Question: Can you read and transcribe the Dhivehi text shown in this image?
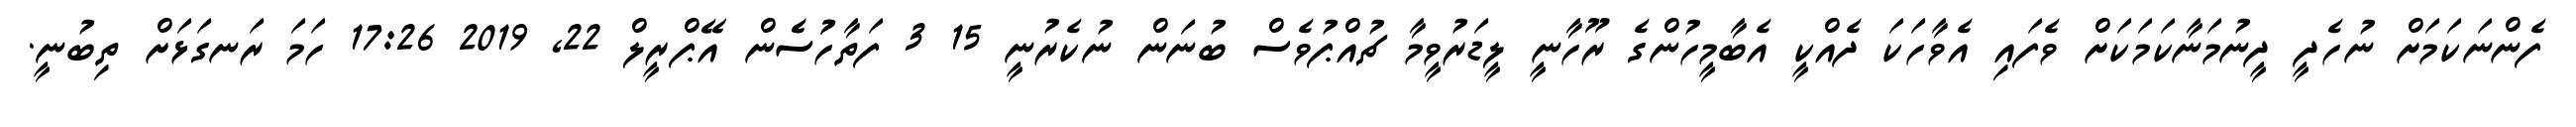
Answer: ފެންނަކަމަށް ނުހެދީ ދީނުމަނާކަމަކަށް ވެފައި އެވާހަކަ ދެއްކީ އެބާމީހުންގެ ރޫހާނީ ލީޑަރުވީމާ ޗުއްޕުވެސް ބުނަން ނުކެރުނީ 15 3 ފަތާހުުސެެން އޭޕްރީލް 22, 2019 17:26 ހަމަ ރަނގަޅަށް ތިބުނީ.